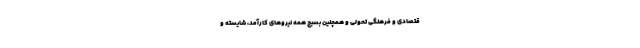
قتصادی و فرهنگی تحولی و همچنین بسیج همه نیروهای کارآمد، شایسته و